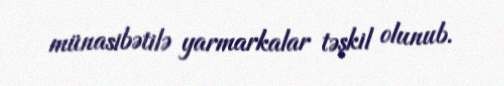
münasibətilə yarmarkalar təşkil olunub.